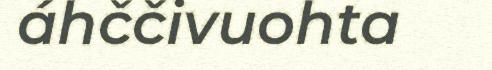
áhččivuohta